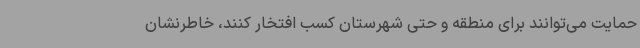
حمایت می‌توانند برای منطقه و حتی شهرستان کسب افتخار کنند، خاطرنشان